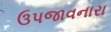
ઉપજાવનારા